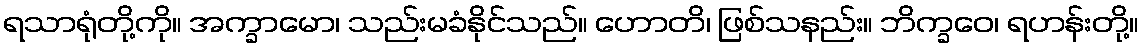
ရသာရုံတို့ကို။ အက္ခာမော၊ သည်းမခံနိုင်သည်။ ဟောတိ၊ ဖြစ်သနည်း။ ဘိက္ခဝေ၊ ရဟန်းတို့။